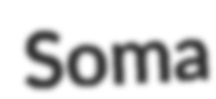
Soma